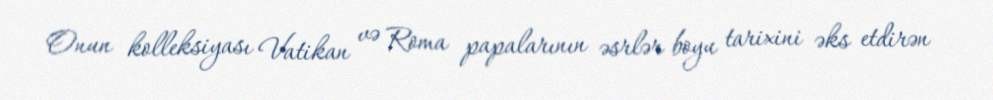
Onun kolleksiyası Vatikan və Roma papalarının əsrlər boyu tarixini əks etdirən